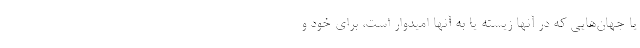
یا جهان‌هایی که در آنها زیسته یا به آنها امیدوار است، برای خود و